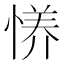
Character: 𫺪